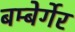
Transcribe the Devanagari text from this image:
बम्बेर्गेर